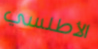
الأطلسي